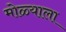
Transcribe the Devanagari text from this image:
मोळ्याला